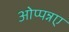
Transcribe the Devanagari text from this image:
ओप्पन्नए